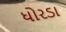
ધોરડા